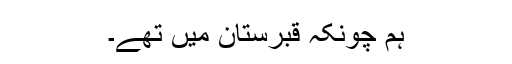
ہم چونکہ قبرستان میں تھے۔